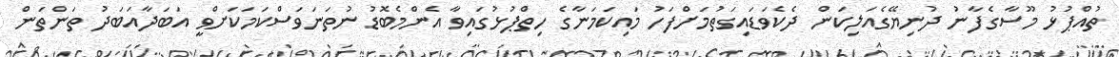
ތުއްޕުޅު މޫސާގެފާނު ދުނިޔޭގެއަލިކަން ދެކެވަޑައިގަތުމަށްފަހު މައިކަމަނާގެ ހިތްޕުޅުގައިވާ އެންމެބޮޑު ނުތަނަވަސްކަމަކަށްވީ އަބަދާއަބަދު ތަންތަން